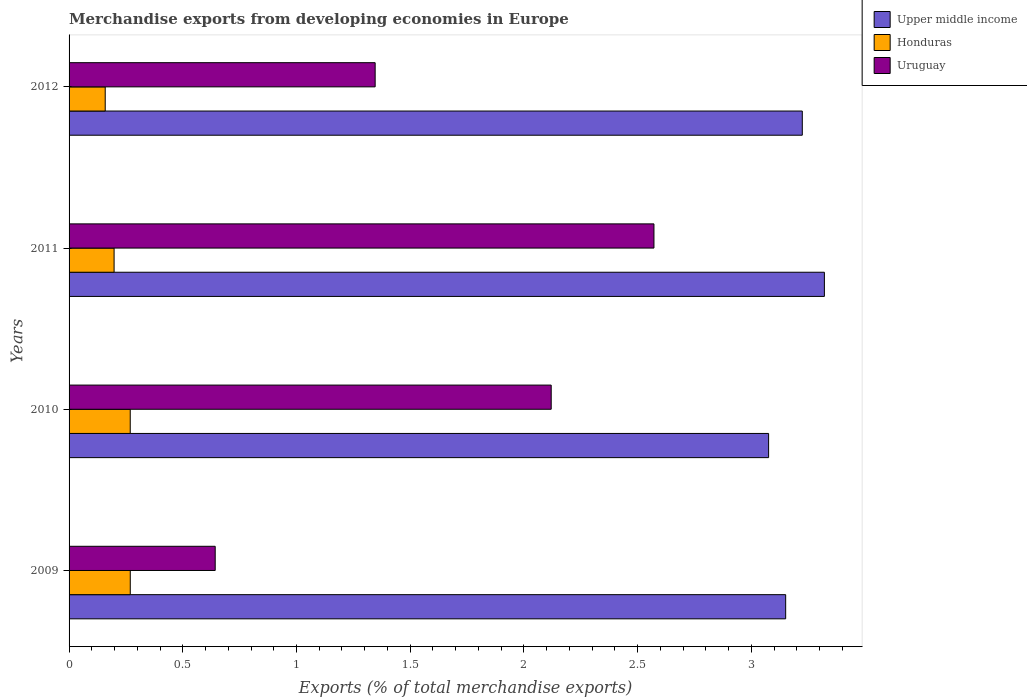
| Years | Upper middle income | Honduras | Uruguay |
 | --- | --- | --- | --- |
 | 2009 | 3.15 | 0.269 | 0.643 |
 | 2010 | 3.08 | 0.269 | 2.12 |
 | 2011 | 3.32 | 0.198 | 2.57 |
 | 2012 | 3.22 | 0.159 | 1.35 |